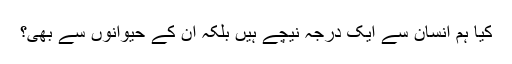
کیا ہم انسان سے ایک درجہ نیچے ہیں بلکہ ان کے حیوانوں سے بھی؟